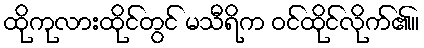
ထိုကုလားထိုင်တွင် မသီရိက ဝင်ထိုင်လိုက်၏။